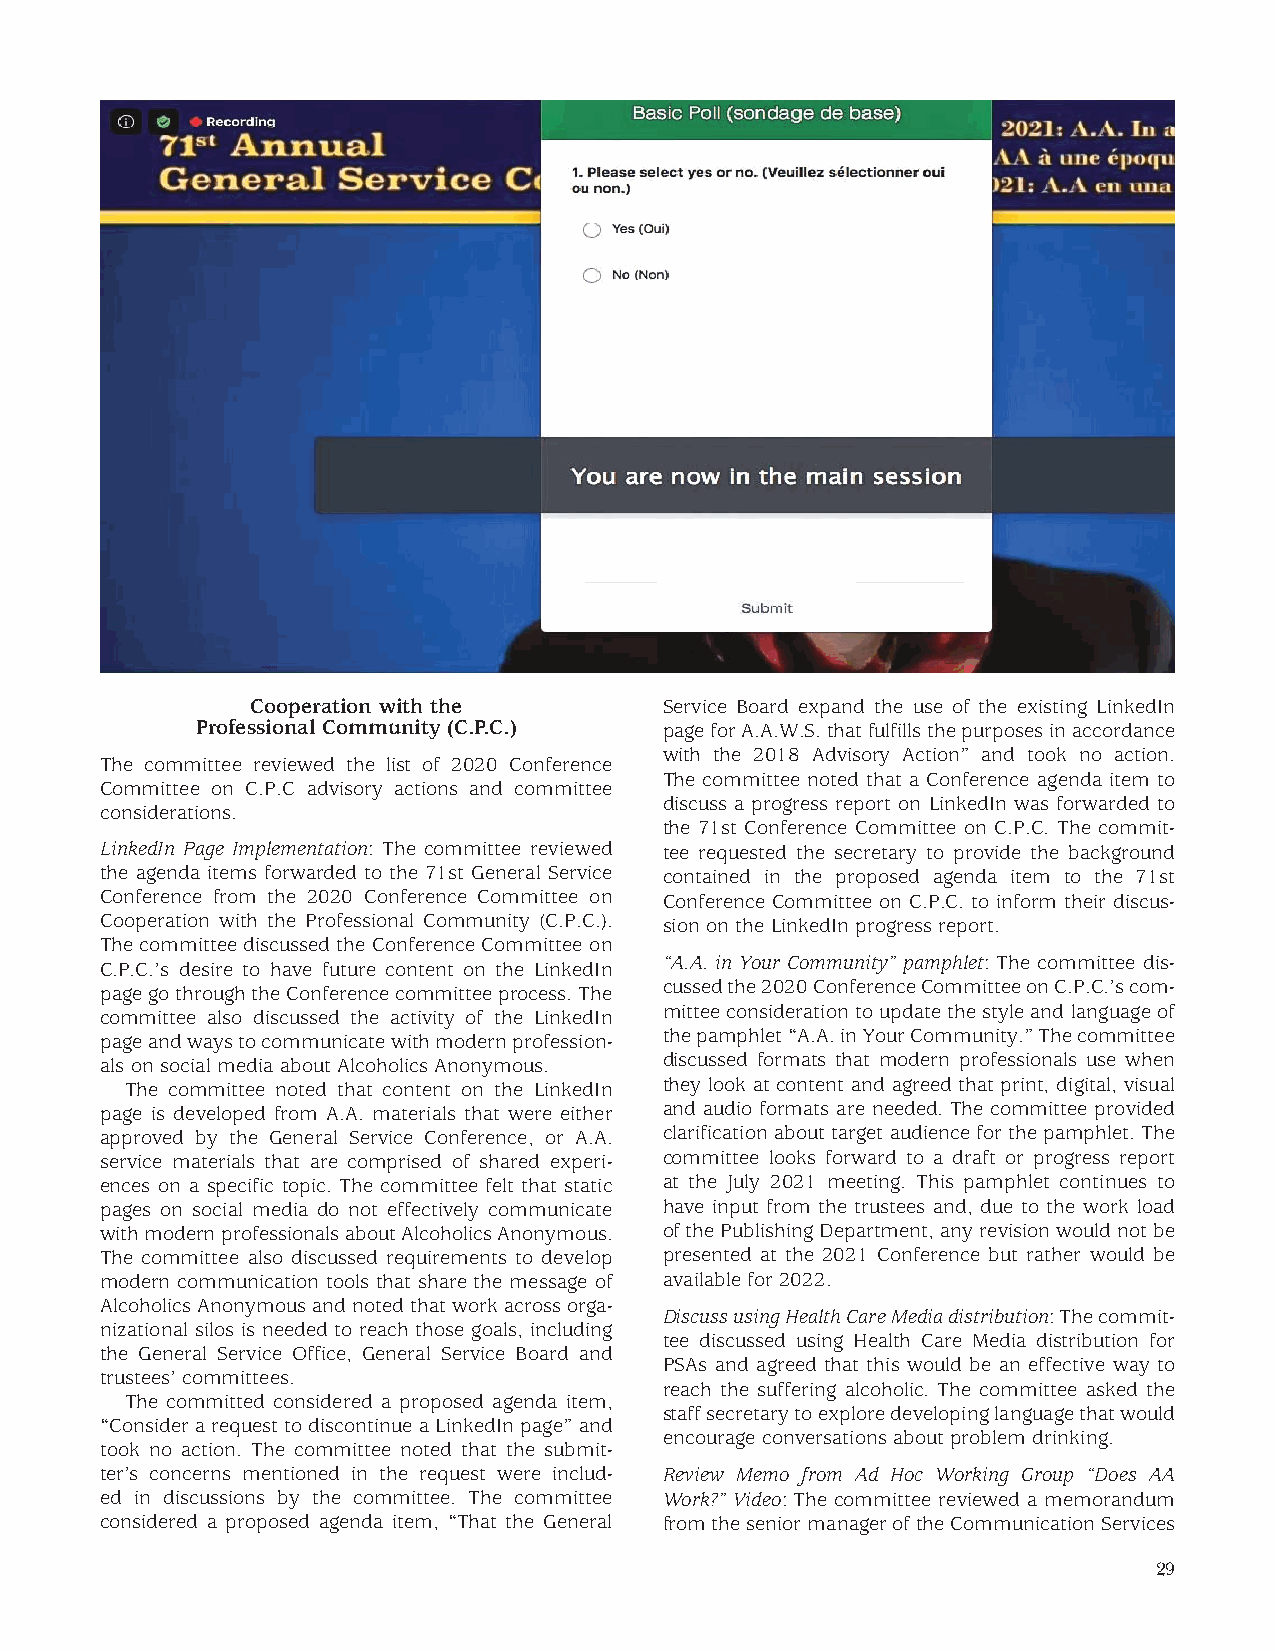
Cooperation with the       Service Board expand the use of the existing LinkedIn
 Professional Community (C.P.C.) page for A.A.W.S. that fulfills the purposes in accordance
 with the 2018 Advisory Action” and took no action.
 The committee reviewed the list of 2020 Conference
 The committee noted that a Conference agenda item to
 Committee on C.P.C advisory actions and committee
 discuss a progress report on LinkedIn was forwarded to
 considerations.
 the 71st Conference Committee on C.P.C. The commit-
 LinkedIn Page Implementation: The committee reviewed tee requested the secretary to provide the background
 the agenda items forwarded to the 71st General Service contained in the proposed agenda item to the 71st
 Conference from the 2020 Conference Committee on Conference Committee on C.P.C. to inform their discus-
 Cooperation with the Professional Community (C.P.C.). sion on the LinkedIn progress report.
 The committee discussed the Conference Committee on
 “A.A. in Your Community” pamphlet: The committee dis-
 C.P.C.’s desire to have future content on the LinkedIn
 cussed the 2020 Conference Committee on C.P.C.’s com-
 page go through the Conference committee process. The
 committee also discussed the activity of the LinkedIn mittee consideration to update the style and language of
 page and ways to communicate with modern profession- the pamphlet “A.A. in Your Community.” The committee
 als on social media about Alcoholics Anonymous. discussed formats that modern professionals use when
 The committee noted that content on the LinkedIn they look at content and agreed that print, digital, visual
 page is developed from A.A. materials that were either and audio formats are needed. The committee provided
 approved by the General Service Conference, or A.A. clarification about target audience for the pamphlet. The
 service materials that are comprised of shared experi- committee looks forward to a draft or progress report
 ences on a specific topic. The committee felt that static at the July 2021 meeting. This pamphlet continues to
 pages on social media do not effectively communicate have input from the trustees and, due to the work load
 with modern professionals about Alcoholics Anonymous. of the Publishing Department, any revision would not be
 The committee also discussed requirements to develop presented at the 2021 Conference but rather would be
 modern communication tools that share the message of available for 2022.
 Alcoholics Anonymous and noted that work across orga-
 Discuss using Health Care Media distribution: The commit-
 nizational silos is needed to reach those goals, including
 tee discussed using Health Care Media distribution for
 the General Service Office, General Service Board and
 PSAs and agreed that this would be an effective way to
 trustees’ committees.
 reach the suffering alcoholic. The committee asked the
 The committed considered a proposed agenda item,
 staff secretary to explore developing language that would
 “Consider a request to discontinue a LinkedIn page” and
 encourage conversations about problem drinking.
 took no action. The committee noted that the submit-
 ter’s concerns mentioned in the request were includ- Review Memo from Ad Hoc Working Group “Does AA
 ed in discussions by the committee. The committee Work?” Video: The committee reviewed a memorandum
 considered a proposed agenda item, “That the General from the senior manager of the Communication Services
 29